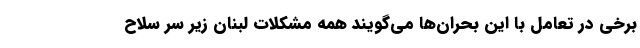
برخی در تعامل با این بحران‌ها می‌گویند همه مشکلات لبنان زیر سر سلاح